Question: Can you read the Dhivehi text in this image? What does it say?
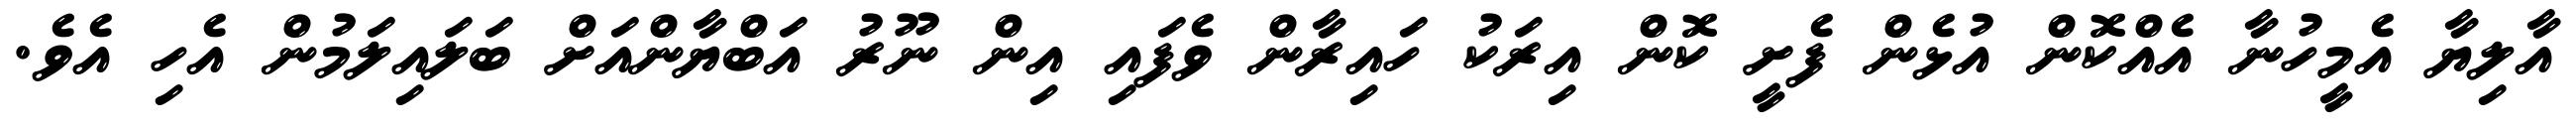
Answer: އާލިޔާ އެމީހުނާ އެއްކޮން އުޅެން ފެށީ ކޮން އިރަކު ހައިރާން ވެފައި އިން ނޫރު އަބްޔާންއަށް ބަލައިލަމުން އެހި އެވެ.